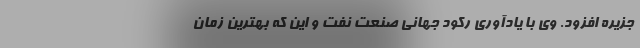
جزیره افزود. وی با یادآوری رکود جهانی صنعت نفت و این که بهترین زمان